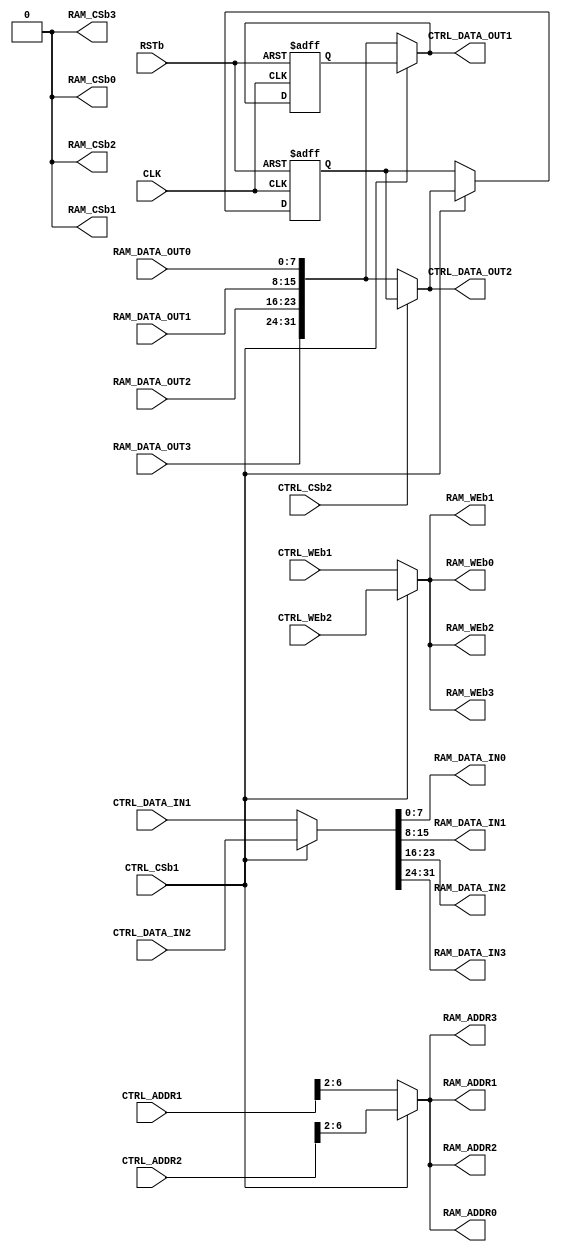
// RAM Arbiter for dual port access

module ramArbiter (
    // system
    input   wire            CLK,
    input   wire            RSTb,
    // ctrl interfaces 1
    input   wire            CTRL_CSb1,
    input   wire            CTRL_WEb1,
    input   wire    [7:0]   CTRL_ADDR1,
    input   wire    [31:0]  CTRL_DATA_IN1,
    output  wire    [31:0]  CTRL_DATA_OUT1,
    // ctrl interface 2
    input   wire            CTRL_CSb2,
    input   wire            CTRL_WEb2,
    input   wire    [7:0]   CTRL_ADDR2,
    input   wire    [31:0]  CTRL_DATA_IN2,
    output  wire    [31:0]  CTRL_DATA_OUT2,
    // RAM interface byte0
    output   wire            RAM_CSb0,
    output   wire            RAM_WEb0,
    output   wire    [4:0]   RAM_ADDR0,
    output   wire    [7:0]   RAM_DATA_IN0,
    input    wire    [7:0]   RAM_DATA_OUT0,
    // RAM interface byte1
    output   wire            RAM_CSb1,
    output   wire            RAM_WEb1,
    output   wire    [4:0]   RAM_ADDR1,
    output   wire    [7:0]   RAM_DATA_IN1,
    input    wire    [7:0]   RAM_DATA_OUT1,
    // RAM interface byte2
    output   wire            RAM_CSb2,
    output   wire            RAM_WEb2,
    output   wire    [4:0]   RAM_ADDR2,
    output   wire    [7:0]   RAM_DATA_IN2,
    input    wire    [7:0]   RAM_DATA_OUT2,
    // RAM interface byte3
    output   wire            RAM_CSb3,
    output   wire            RAM_WEb3,
    output   wire    [4:0]   RAM_ADDR3,
    output   wire    [7:0]   RAM_DATA_IN3,
    input    wire    [7:0]   RAM_DATA_OUT3
);
    // internal output signals
    reg         RAM_WEb_i;
    reg [4:0]   RAM_ADDR_i;
    reg [31:0]  RAM_DATA_IN_i;
    // interface read data
    reg [31:0]  READ_DATA1_Q;
    reg [31:0]  READ_DATA1_D;
    reg [31:0]  READ_DATA2_Q;
    reg [31:0]  READ_DATA2_D;

    // module outputs
    assign RAM_CSb0     = 1'b0;
    assign RAM_WEb0     = RAM_WEb_i;
    assign RAM_ADDR0    = RAM_ADDR_i;
    assign RAM_DATA_IN0 = RAM_DATA_IN_i[7:0];   
    assign RAM_CSb1     = 1'b0;
    assign RAM_WEb1     = RAM_WEb_i;
    assign RAM_ADDR1    = RAM_ADDR_i;
    assign RAM_DATA_IN1 = RAM_DATA_IN_i[15:8];   
    assign RAM_CSb2     = 1'b0;
    assign RAM_WEb2     = RAM_WEb_i;
    assign RAM_ADDR2    = RAM_ADDR_i;
    assign RAM_DATA_IN2 = RAM_DATA_IN_i[23:16];   
    assign RAM_CSb3     = 1'b0;
    assign RAM_WEb3     = RAM_WEb_i;
    assign RAM_ADDR3    = RAM_ADDR_i;
    assign RAM_DATA_IN3 = RAM_DATA_IN_i[31:24];

    // interface read access (if1 always wins)
    always @(*) begin : if_read_access
        reg [31:0] vRamDataOut;
        // default
        READ_DATA1_D <= READ_DATA1_Q;
        READ_DATA2_D <= READ_DATA2_Q;
        // concatenate RAM data
        vRamDataOut = {RAM_DATA_OUT3, RAM_DATA_OUT2, RAM_DATA_OUT1, RAM_DATA_OUT0};
        // interface selection
        if(CTRL_CSb1 == 1'b0) READ_DATA1_D <= vRamDataOut;
        else if(CTRL_CSb2 == 1'b0 ) READ_DATA2_D <= vRamDataOut;
    end
    assign CTRL_DATA_OUT1 = (CTRL_CSb1 == 1'b0) ? {RAM_DATA_OUT3, RAM_DATA_OUT2, RAM_DATA_OUT1, RAM_DATA_OUT0} : READ_DATA1_Q;
    assign CTRL_DATA_OUT2 = (CTRL_CSb2 == 1'b0) ? {RAM_DATA_OUT3, RAM_DATA_OUT2, RAM_DATA_OUT1, RAM_DATA_OUT0} : READ_DATA2_Q;

    // interface multiplexer (if1 always wins)
    always @(*) begin
        if(CTRL_CSb1 == 1'b0) begin
            RAM_WEb_i = CTRL_WEb1;
            RAM_ADDR_i = CTRL_ADDR1[7:2];
            RAM_DATA_IN_i = CTRL_DATA_IN1;
        end else begin
            RAM_WEb_i = CTRL_WEb2;
            RAM_ADDR_i = CTRL_ADDR2[7:2];
            RAM_DATA_IN_i = CTRL_DATA_IN2;
        end
    end
    
    // flip flops
    always @(posedge CLK, negedge RSTb) begin
        if(RSTb == 1'b0) begin
            READ_DATA1_Q <= 32'h00_00_00_00;
            READ_DATA2_Q <= 32'h00_00_00_00;
        end else begin
            READ_DATA1_Q <= READ_DATA1_D;
            READ_DATA2_Q <= READ_DATA2_D;
        end
    end
endmodule